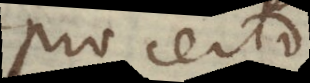
Pro certo